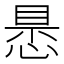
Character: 𢝝